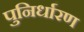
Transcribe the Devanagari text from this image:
पुनिर्धारण